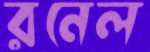
রনেল